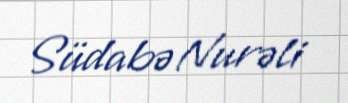
Südabə Nurəli